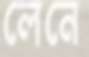
লেনে